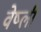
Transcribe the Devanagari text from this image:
वेष्ली